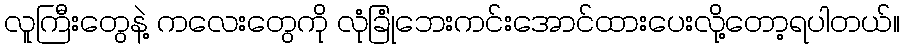
လူကြီးတွေနဲ့ ကလေးတွေကို လုံခြုံဘေးကင်းအောင်ထားပေးလို့တော့ရပါတယ်။